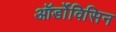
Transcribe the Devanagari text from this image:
ऑर्डोविसिन